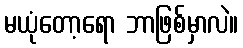
မယုံတော့ရော ဘာဖြစ်မှာလဲ။